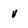
Character: v